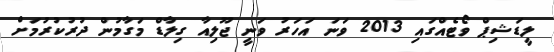
ލީޑަޝިޕް ވޯޓެއްގައި 2013 ވަނަ އަހަރު ވަނީ ޖޫލިއާ ގިލާޑް މަގާމުން ދުރުކުރުމަށް